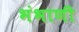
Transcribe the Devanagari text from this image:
भंभाणी